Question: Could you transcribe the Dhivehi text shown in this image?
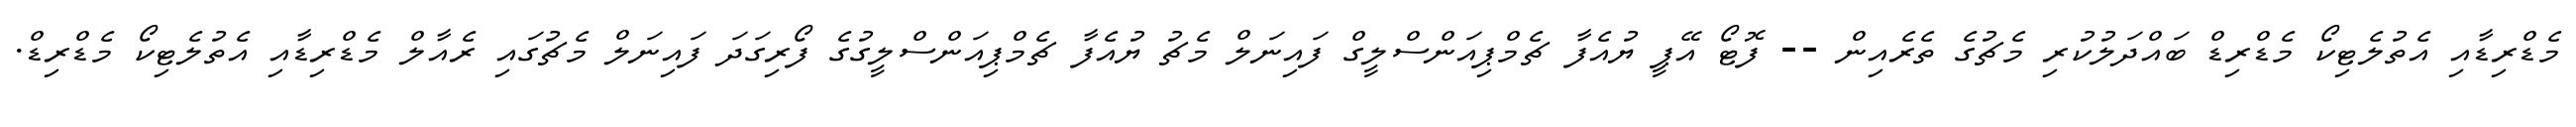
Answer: މެޑްރިޑާއި އެތުލެޓިކޯ މެޑްރިޑް ބައްދަލުކުރި މެޗުގެ ތެރެއިން -- ފޮޓޯ އޭޕީ ޔުއެފާ ޗެމްޕިއަންސްލީގް ފައިނަލް މެޗު ޔުއެފާ ޗެމްޕިއަންސްލީގުގެ ފޯރިގަދަ ފައިނަލް މެޗުގައި ރެއާލް މެޑްރިޑާއި އެތުލެޓިކޯ މެޑްރިޑް.